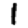
Digit: 1